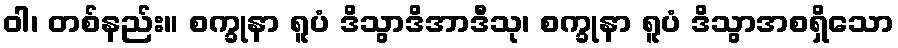
ဝါ၊ တစ်နည်း။ စက္ခုနာ ရူပံ ဒိသွာဒိအာဒီသု၊ စက္ခုနာ ရူပံ ဒိသွာအစရှိသော